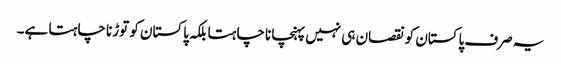
یہ صرف پاکستان کو نقصان ہی نہیں پہنچانا چاہتا بلکہ پاکستان کو توڑنا چاہتا ہے۔